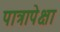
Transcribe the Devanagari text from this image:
पात्रापेक्षा